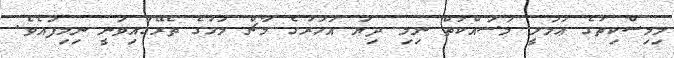
މިމިސްކިތުގެ ޢަމަލީ މަސައްކަތް ނިމި ދިޔަ އަހަރުގެ މާޗް މަހުގެ ތެރޭގައިވަނީ ނިމިފައެވެ.